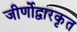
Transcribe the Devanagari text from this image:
जीर्णोद्वारकृत